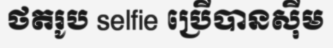
ថតរូប selfie ប្រើបានស៊ីម